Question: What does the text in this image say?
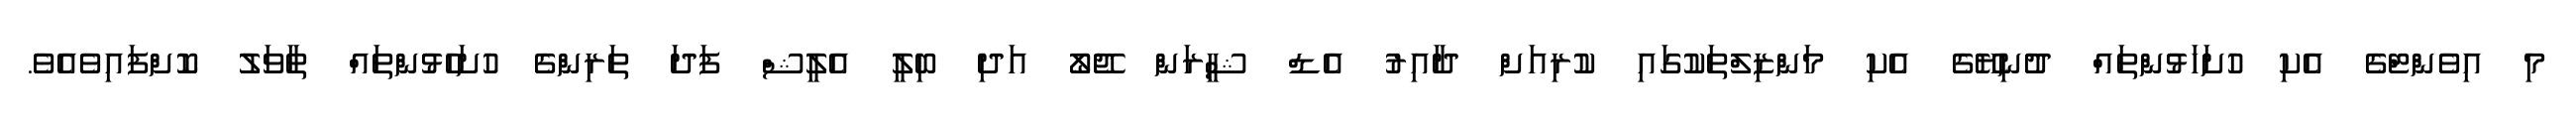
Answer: މި އިވެންޓްގެ އެކި ހުށަހަޅުންތައް ދުނިޔޭގެ އެކި މަންޒިލްތަކުގައި ކުރިއަށް ދާއިރު އެޑް ޝީރަން ޖޭލޯ އަދި ބިލީ އެލީޝް ފަދަ ތަރިންގެ ހުށަހެޅުންތައް ތާވަލު ކޮށްފައިވެއެވެ.